Civil Veterinary Department Bihar reports 1936-40 - 1936-1940
Year: 1936
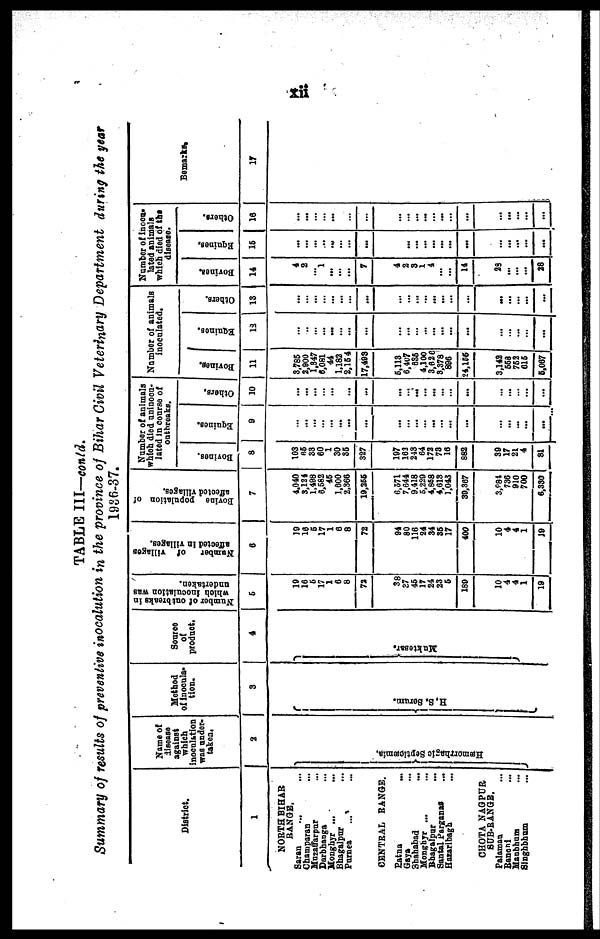
xii
TABLE III—conld.
Summary of results of preventive inocalution in the province of Bihar Civil Veterinary Department during the year
1936-37.
District.
1
NORTH BIHAR
RANGE.
Saran ... ...
Champaran ... ...
Mazaffarpur ...
Darbhanga ...
Monghyr ...
Bhagalpur ...
Purnea ... ...
CENTRAL RANGE.
Patna ...
Gaya ...
Shahabad ...
Monghyr ... ...
Bhagalpur ...
Santal Parganas ...
Hazaribagh ...
CHOTA NAGPUR
SUB-RANGE.
Palamau ...
Ranchi ...
Manbhum ...
Singhbhum ...
Name of
disease
which
inoculation
was under-
taken.
2
Hæmo r
r
h a g ic Septicæmia.
Method
of inocula-
tion.
3
H. S. Ser um.
Source
of
product.
4
Muktesar.
Number
of outbreaks in
which
inoculation was
undertaken.
5
19
18
6
17
1
6
8
72
38
37
46
17
24
23
6
189
10
4
4
1
19
Number
of Tillages
affected In villages.
6
19
16
6
17
1
8
8
72
94
80
116
24
34
35
17
400
10
4
4
1
19
Bovine
population of
affected villages.
7
4.040
3,124 1.498
6.582
45
1,600
2,366
19,255
6,571
7,644
9.418
6,229
4,868
4,613
1,043
39,387
3,881
736
910
700
6,330
Number of animals
which died uninocu-
lated in course of
outbreaks.
Bovi nes .
8
103
85
33
60
… 30
35
327
197
163
243
64
172
73
16
882
39
17
21
4
81
Equi nes .
9
…
… ...
...
...
...
...
...
…
… ...
… ...
… ...
…
… ...
...
...
…
Ot her s.
10
...
...
...
…
...
...
...
…
… ...
... ...
…
…
...
...
...
…
…
...
Number of animals
inoculated.
Bovi nes .
11
3,785
2,900
1,347
6,081
44
1.182
2,15 4
17,493
6,113
6,407
635
4,100
3,626
3,378
896
24,155
3,142
558
762
616
5,067
Equi nes .
13
…
…
… ...
...
… ...
…
…
...
…
… ...
...
...
...
...
… ...
...
...
Others.
13
...
…
...
…
...
...
…
...
…
… ...
...
...
...
...
...
...
...
...
...
...
Number of inocu-
lated animals
which died of the
disease.
Bovines.
14
4
2
… 1
...
...
...
7
4
2
3
1
4
...
…
14
29
...
...
...
28
Equi nes .
16
...
...
…
...
...
…
…
...
…
...
...
...
...
...
...
...
...
...
...
...
-
Ot her s.
16
...
...
…
…
...
…
…
…
…
…
...
...
… ...
...
...
... ...
…
...
...
Remarks,
17